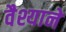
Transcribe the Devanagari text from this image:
वैश्याने